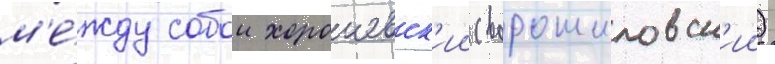
м'е́жду собои хорошевск'ии (ворошиловск'ии)